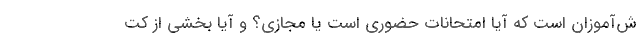
ش‌آموزان است که آیا امتحانات حضوری است یا مجازی؟ و آیا بخشی از کت